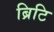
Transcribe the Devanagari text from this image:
ब्रिटि